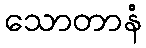
သောတာနံ